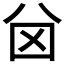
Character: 𠔋